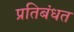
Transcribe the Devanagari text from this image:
प्रतिबंधत